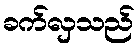
ခက်လှသည်